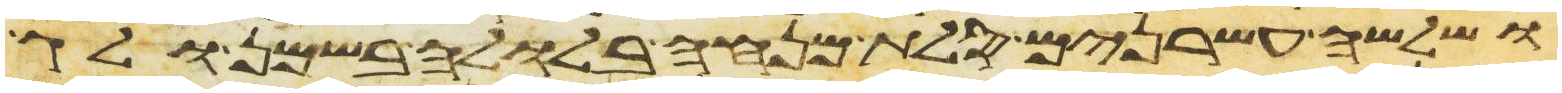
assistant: ושלשה עשרנים סלת מנחה בלולה בשמן ולג